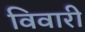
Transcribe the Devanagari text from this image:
विवारी